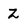
Character: z